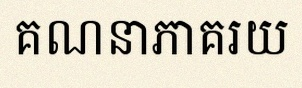
គណនាភាគរយ